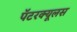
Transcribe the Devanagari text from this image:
पॅटरक्यूलस